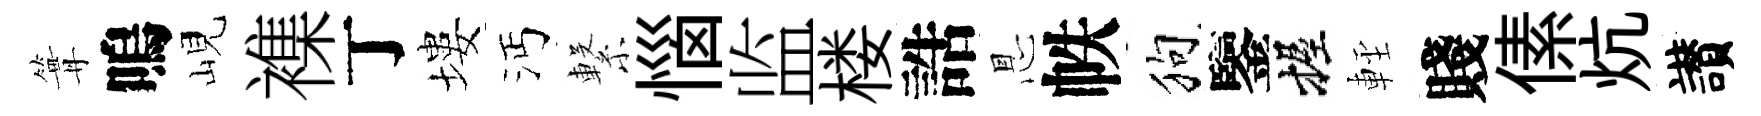
篝嗚峴襍丁塿沔繋惱监楼誥㤙帙狗鑒握䡖賤傃炕讃